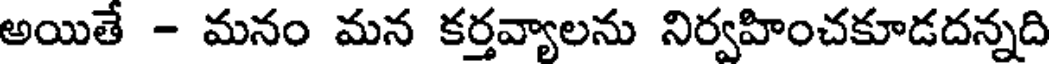
అయితే - మనం మన కర్తవ్యాలను నిర్వహించకూడదన్నది